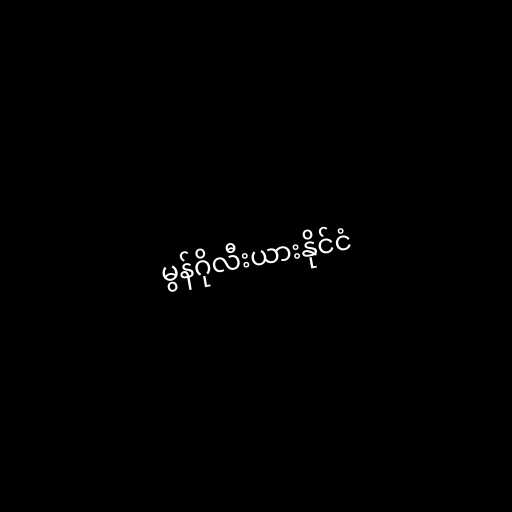
မွန်ဂိုလီးယားနိုင်ငံ